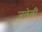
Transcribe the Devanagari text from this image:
ज़लेली